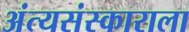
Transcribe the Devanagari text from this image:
अंत्यसंस्काराला